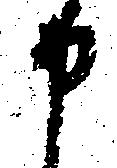
申